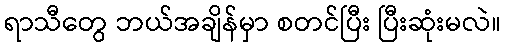
ရာသီတွေ ဘယ်အချိန်မှာ စတင်ပြီး ပြီးဆုံးမလဲ။